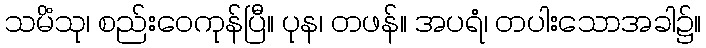
သမိံသု၊ စည်းဝေကုန်ပြီ။ ပုန၊ တဖန်။ အပရံ၊ တပါးသောအခါ၌။